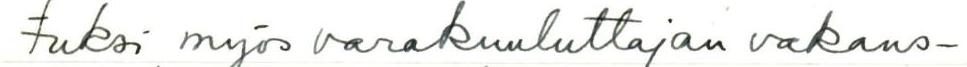
tuksi myös varakuuluttajan vakans-